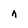
Character: n